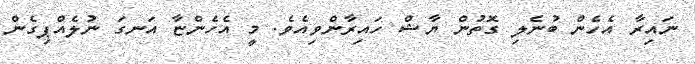
ނައިރާ އެހެން ބުނެލި ގޮތުން ޔާޝް ހައިރާންވިއެވެ. މީ އެހެންޏާ އަނގަ ނުލެއްޕިގެން